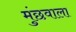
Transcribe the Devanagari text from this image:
मुंछवाला